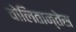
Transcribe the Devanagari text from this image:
वोलितान्तेस